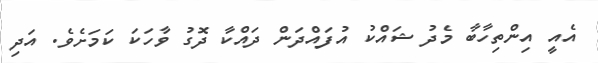
އެއީ އިންތިހާބާ މެދު ޝައްކު އުފައްދަން ދައްކާ ދޮގު ވާހަކަ ކަމަށެވެ. އަދި